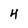
Character: 4